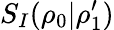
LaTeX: S_{I}(\rho_{0}|\rho_{1}^{\prime})